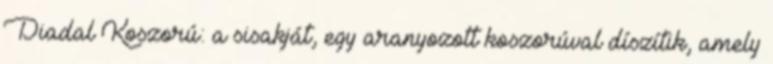
Diadal Koszorú: a sisakját, egy aranyozott koszorúval díszítik, amely